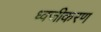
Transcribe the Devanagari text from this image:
ध्वजीकरण